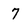
Character: 7